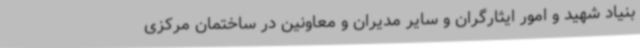
بنیاد شهید و امور ایثارگران و سایر مدیران و معاونین در ساختمان مرکزی